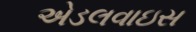
એડલવાઇસ